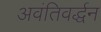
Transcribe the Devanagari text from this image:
अवंतिवर्द्धन